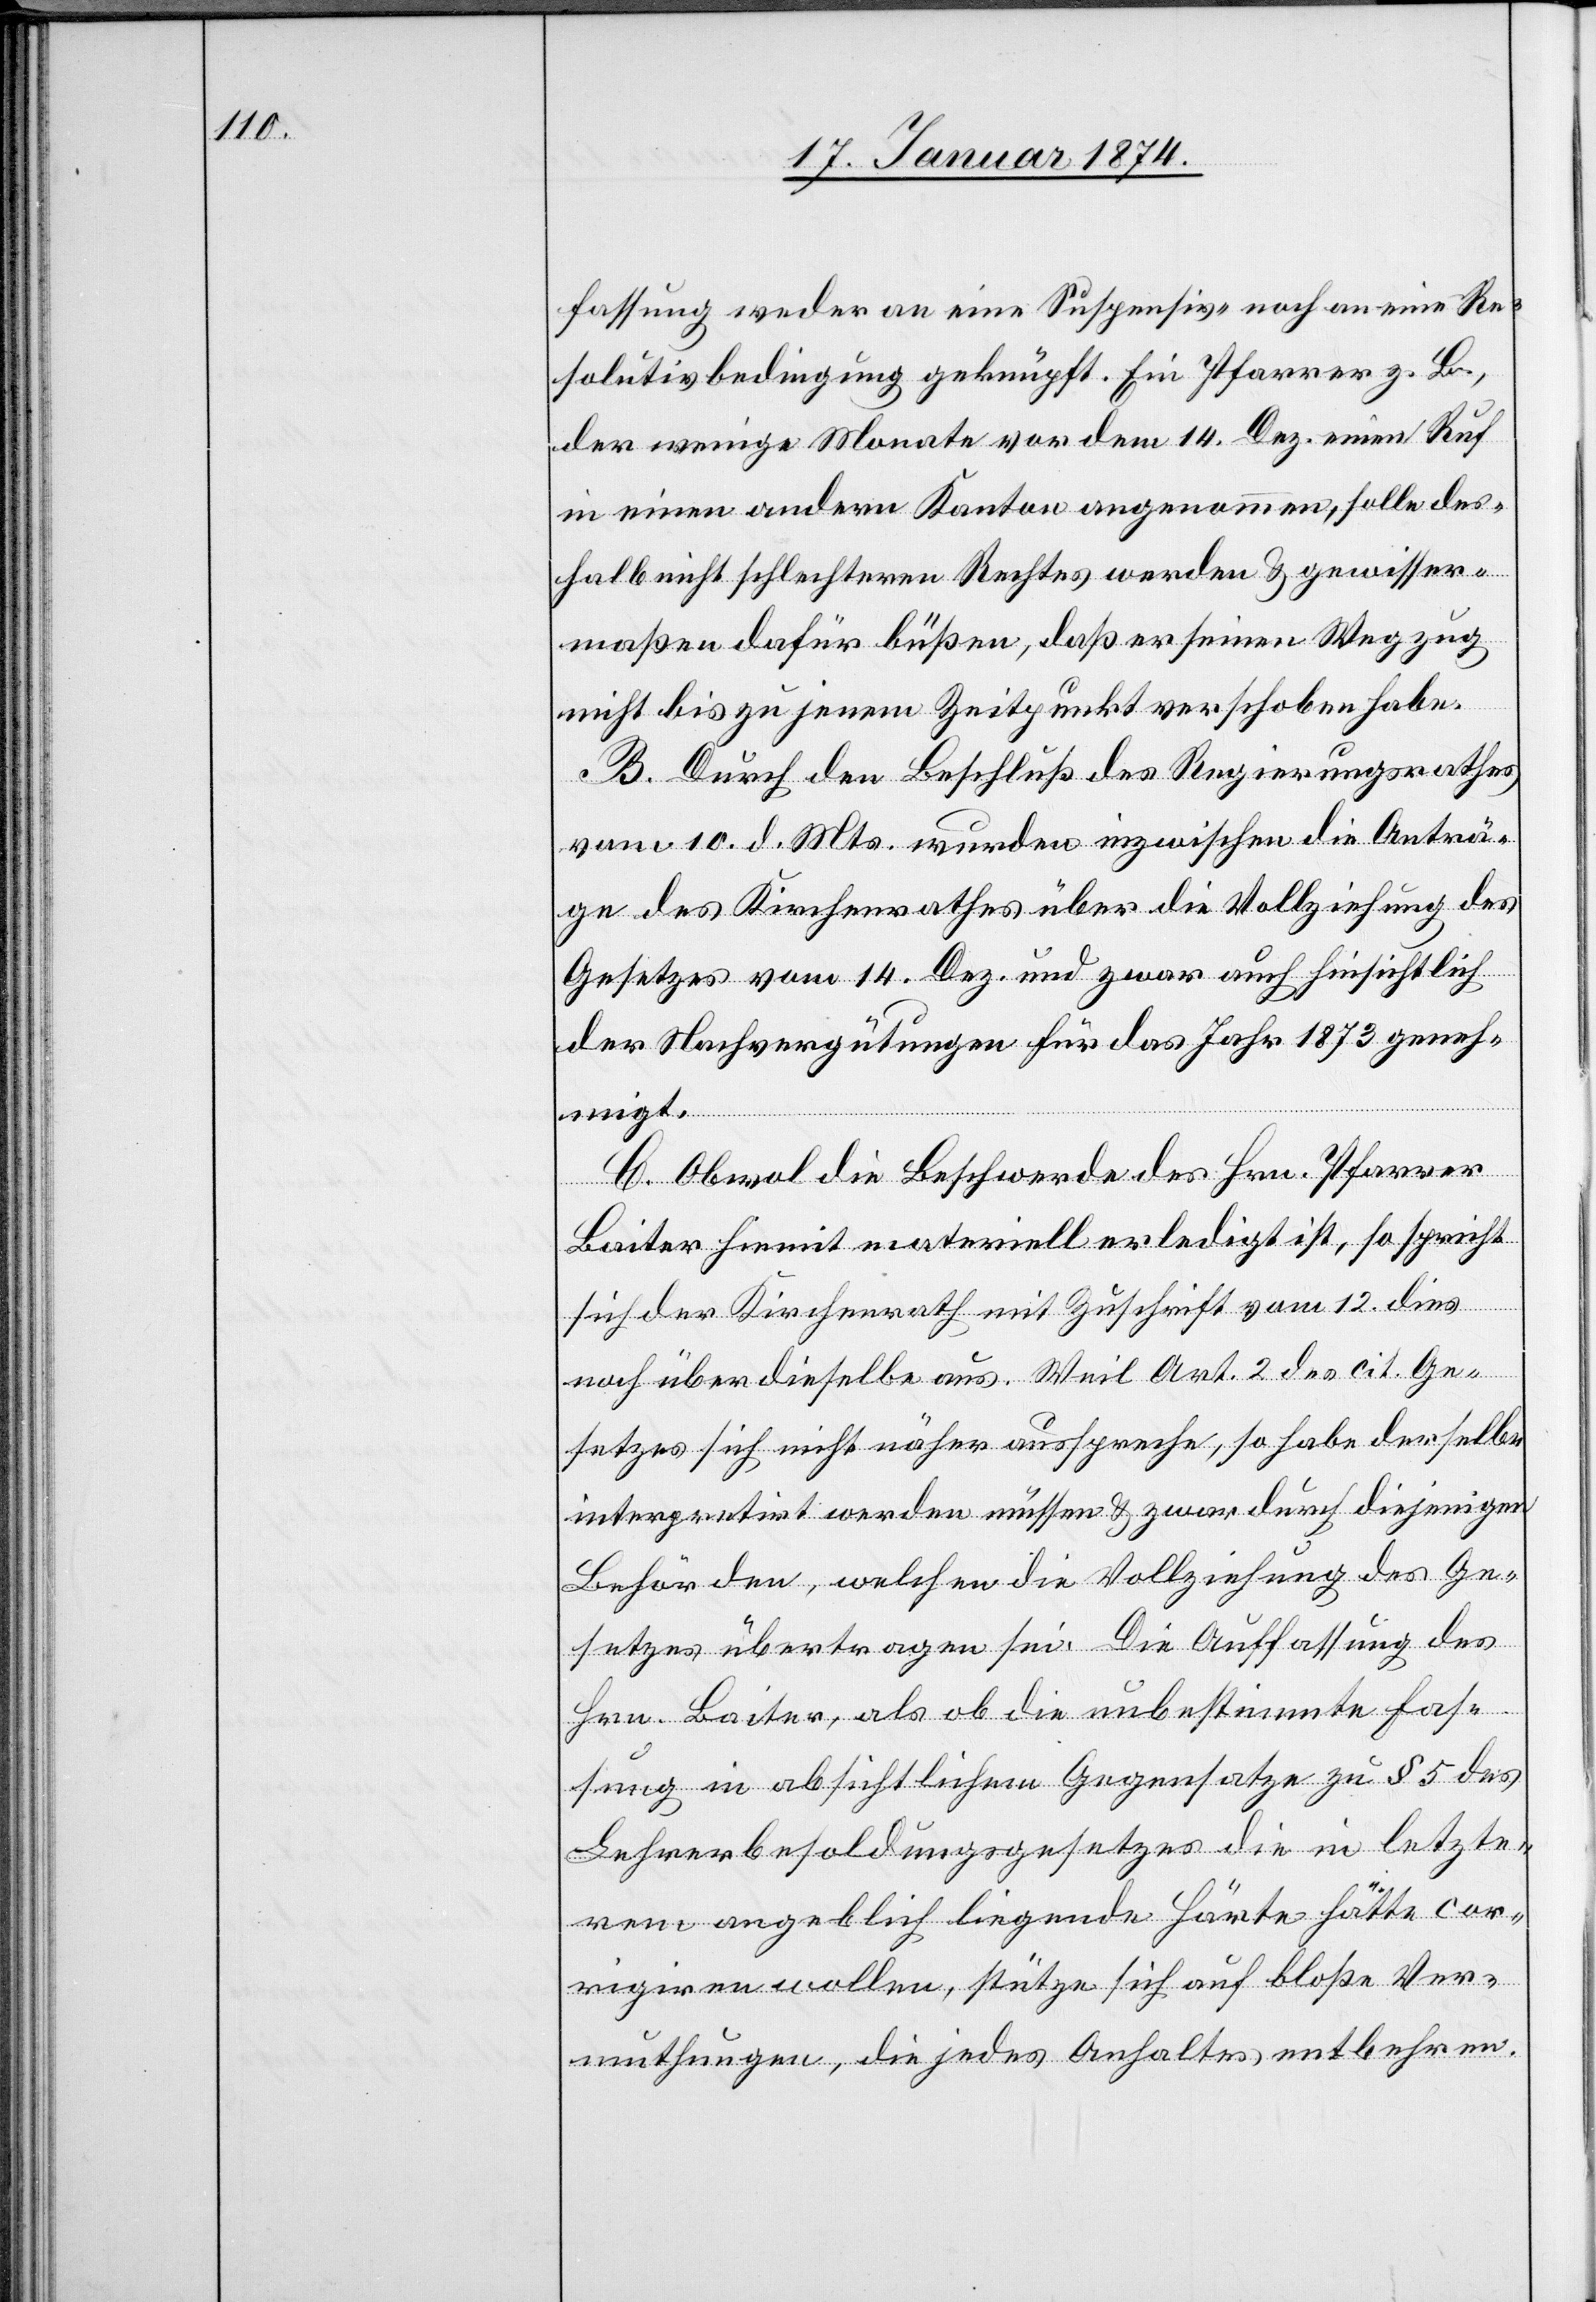
fassung weder an eine Suspensiv- noch an eine Re¬
solutivbedingung geknüpft. Ein Pfarrer z. B.,
der wenige Monate vor dem 14. Dez. einen Ruf
in einen andern Kanton angenommen, solle des¬
halb nicht schlechteren Rechtes werden & gewisser¬
maßen dafür büßen, daß er seinen Wegzug
nicht bis zu jenem Zeitpunkt verschoben habe.
B. Durch den Beschluß des Regierungsrathes
vom 10. d. Mts. wurden inzwischen die Anträ¬
ge des Kirchenrathes über die Vollziehung des
Gesetzes vom 14. Dez. und zwar auch hinsichtlich
der Nachvergütungen für das Jahr 1873 geneh¬
migt.
C. Obwohl die Beschwerde des Hrn. Pfarrer
Baiter hiemit materiell erledigt ist, so spricht
sich der Kirchenrath mit Zuschrift vom 12. dies
noch über dieselbe aus. Weil Art. 2 des cit. Ge¬
setzes sich nicht näher ausspreche, so habe derselbe
interpretirt werden müssen & zwar durch diejenigen
Behörden, welchen die Vollziehung des Ge¬
setzes übertragen sei. Die Auffassung des
Hrn. Baiter, als ob die unbestimmte Fas¬
sung in absichtlichem Gegensatze zu § 5 des
Lehrerbesoldungsgesetzes die in letzte¬
rem angeblich liegende Härte hätte cor¬
rigiren wollen, stütze sich auf bloße Ver¬
muthungen, die jedes Anhaltes entbehren.